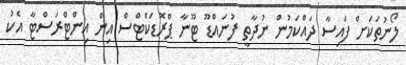
ލޯނުތަކަށް ފައިސާ ދައްކަމުން ނުދާތީ ފުނައްޑޫ ޓޫނާ ޕްރޮޑަކްޓްސް އިން އިންޓްރަސްޓާ އެކު